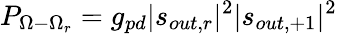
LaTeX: P_{\Omega-\Omega_{r}}=g_{pd}|s_{out,r}|^{2}|s_{out,+1}|^{2}